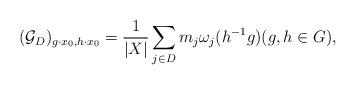
LaTeX: \begin{align*}(\mathcal{G}_D)_{g\cdot x_0, h \cdot x_0} = \frac{1}{|X|}\sum_{j\in D} m_j \omega_j(h^{-1} g) (g,h \in G),\end{align*}